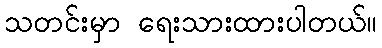
သတင်းမှာ ရေးသားထားပါတယ်။